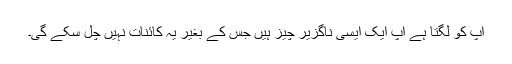
آپ کو لگتا ہے آپ ایک ایسی ناگزیر چیز ہیں جس کے بغیر یہ کائنات نہیں چل سکے گی۔